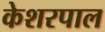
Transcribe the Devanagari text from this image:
केशरपाल